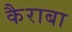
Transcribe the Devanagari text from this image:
कैराबा